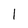
Character: I